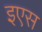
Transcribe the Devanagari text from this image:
इएस